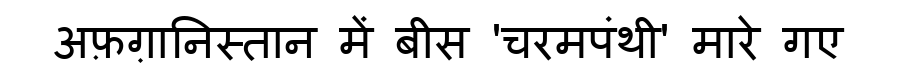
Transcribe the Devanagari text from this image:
अफ़ग़ानिस्तान में बीस 'चरमपंथी' मारे गए